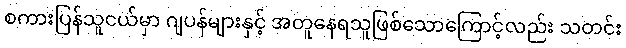
စကားပြန်သူငယ်မှာ ဂျပန်များနှင့် အတူနေရသူဖြစ်သောကြောင့်လည်း သတင်း